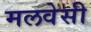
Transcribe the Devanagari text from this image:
मलवेसी